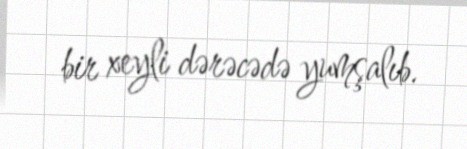
bir xeyli dərəcədə yumşalıb.